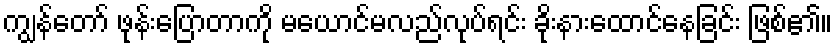
ကျွန်တော် ဖုန်းပြောတာကို မယောင်မလည်လုပ်ရင်း ခိုးနားထောင်နေခြင်း ဖြစ်၏။